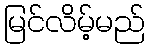
မြင်လိမ့်မည်